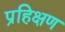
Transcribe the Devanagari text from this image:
प्रहिक्षण